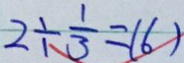
2 \div \frac { 1 } { 3 } = ( 6 )